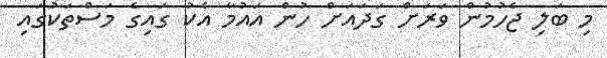
މި ބަލި ޖެހުމުން ވަރަށް ގަދައަށް ހުން އައުމާ އެކު ގައިގެ މަސްތަކުގައި